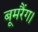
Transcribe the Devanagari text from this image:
बूमरैंग।